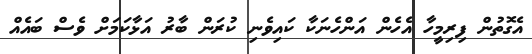
އެގޮތުން ފިރިމީހާ އެހެން އަންހެނަކާ ކައިވެނި ކުރަން ބާރު އަޅާކަމަށް ވެސް ބައެއް